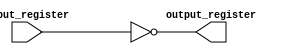
module NOT (
    input wire [19:0] input_register,
    output reg [19:0] output_register
);

always @(*) begin
    output_register = ~input_register; // flips to be opposite
end

endmodule